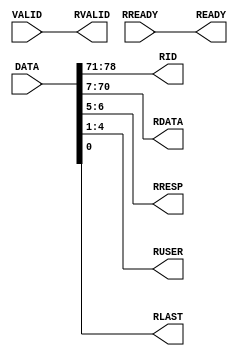
/* Company:
**
** Design Name:
** Module Name: RBackwardSeparater
** Project Name: AXI4Bus
** Description:
**
** Dependencies:
**
** Revision:
** Revision 0.01 - File Created
** Additional Comments:
*/

`timescale 1ns / 1ps

module RBackwardSeparater
(
	input    [78:0] DATA,
	input           VALID,
	output          READY,

	output    [7:0] RID,
	output   [63:0] RDATA,
	output    [1:0] RRESP,
	output    [3:0] RUSER,
	output          RLAST,
	output          RVALID,
	input           RREADY
);

assign {RID,RDATA,RRESP,RUSER,RLAST} = DATA;
assign RVALID = VALID;
assign READY = RREADY;

endmodule